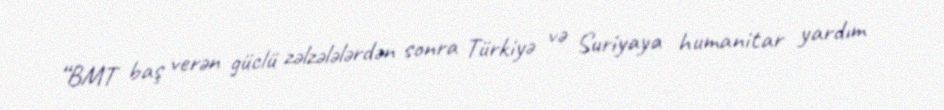
“BMT baş verən güclü zəlzələlərdən sonra Türkiyə və Suriyaya humanitar yardım